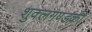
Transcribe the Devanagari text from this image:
शुक्लगण्डकी